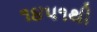
૧૪૫૧થી